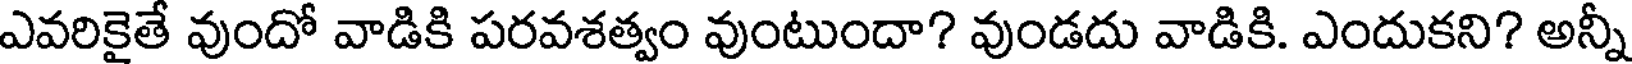
ఎవరికైతే వుందో వాడికి పరవశత్వం వుంటుందా? వుండదు వాడికి. ఎందుకని? అన్నీ